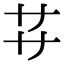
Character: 𬻀